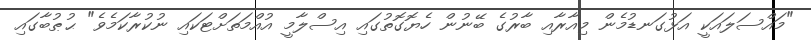
"މައްސަލައަކީ އަޅުގަނޑުމެން މިއާރާއި ބާރުގެ ބޭނުން ހެޔޮގޮތުގައި އިސްލާމީ އުއްމަތަށްޓަކައި ނުކުރާކަމެވެ" ޙުޠުބާގައި